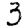
Digit: 3